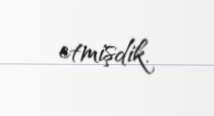
etmişdik.